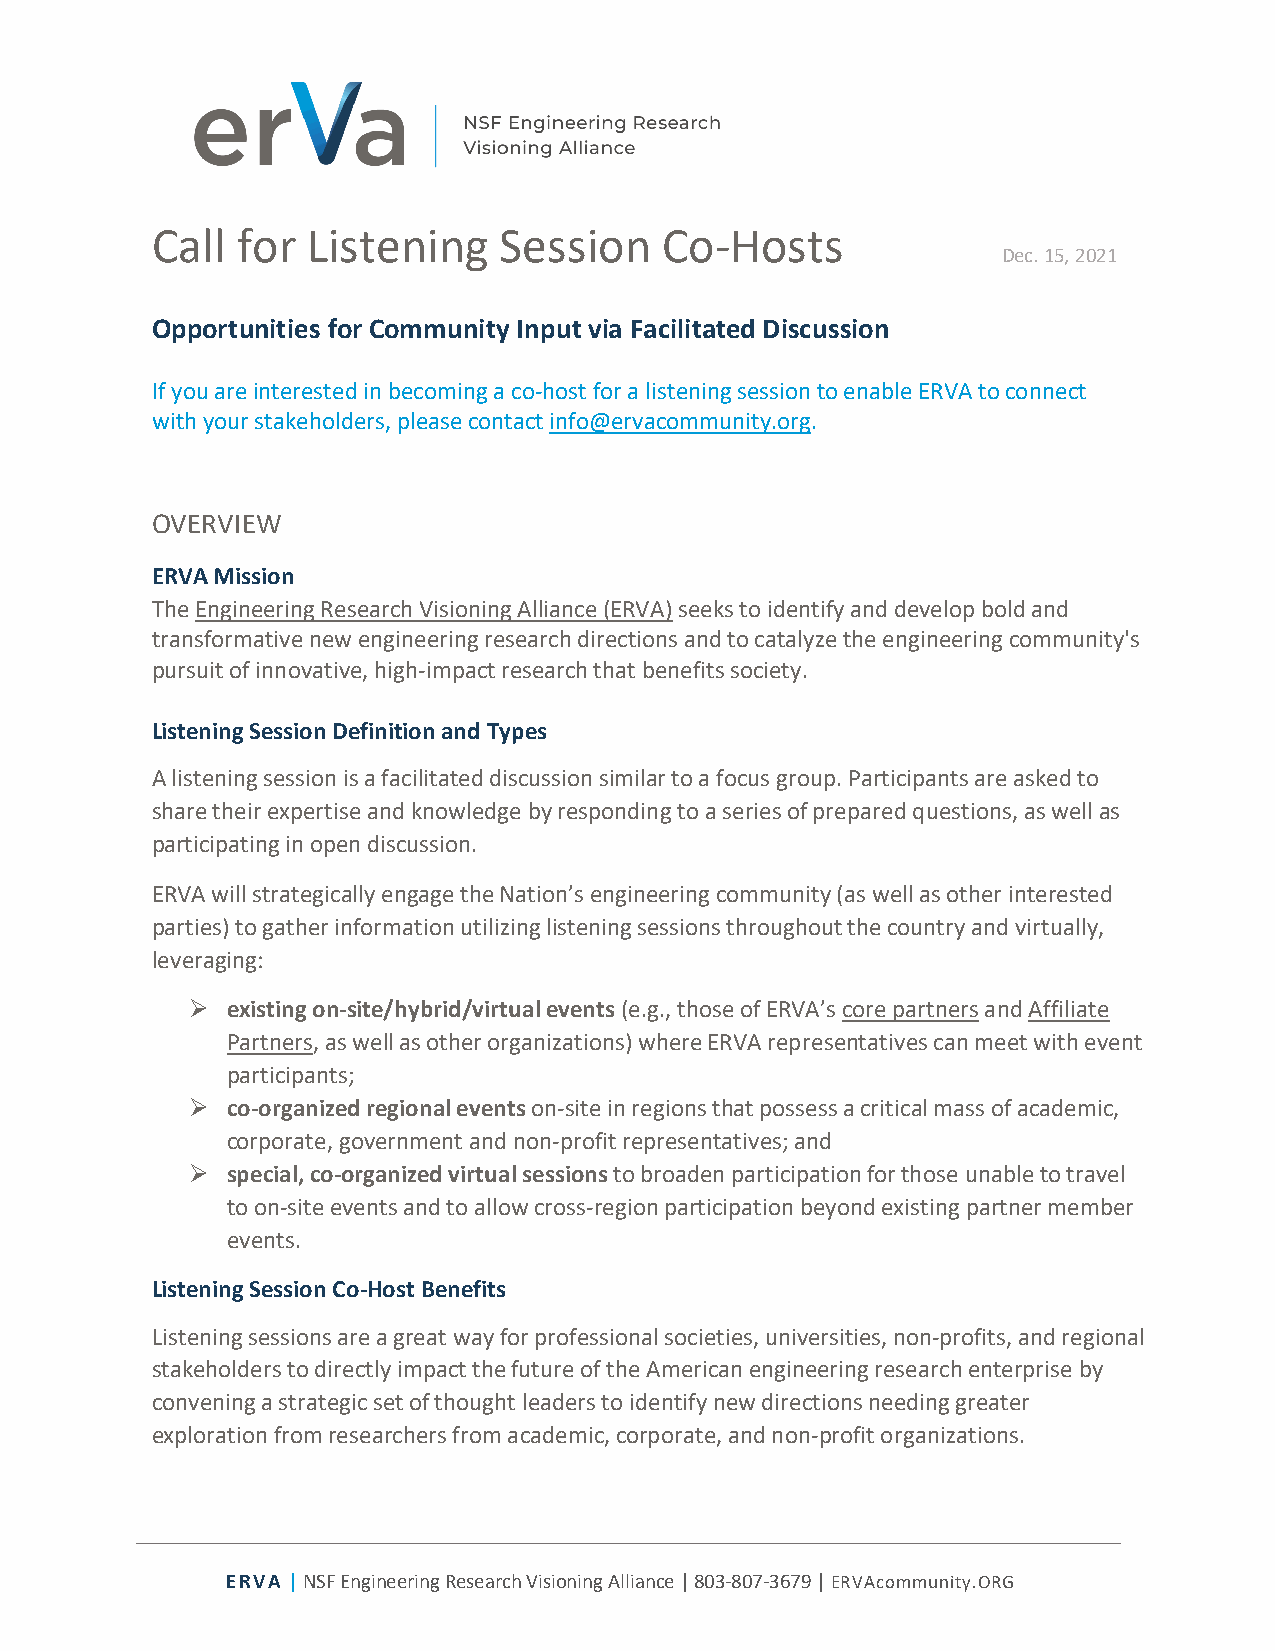
Call  for Listening    Session    Co-Hosts
 Dec. 15, 2021
 Opportunities for Community Input via Facilitated Discussion
 If you are interested in becoming a co-host for a listening session to enable ERVA to connect
 with your stakeholders, please contact info@ervacommunity.org.
 OVERVIEW
 ERVA Mission
 The Engineering Research Visioning Alliance (ERVA) seeks to identify and develop bold and
 transformative new engineering research directions and to catalyze the engineering community's
 pursuit of innovative, high-impact research that benefits society.
 Listening Session Definition and Types
 A listening session is a facilitated discussion similar to a focus group. Participants are asked to
 share their expertise and knowledge by responding to a series of prepared questions, as well as
 participating in open discussion.
 ERVA will strategically engage the Nation’s engineering community (as well as other interested
 parties) to gather information utilizing listening sessions throughout the country and virtually,
 leveraging:
 Ø existing on-site/hybrid/virtual events (e.g., those of ERVA’s core partners and Affiliate
 Partners, as well as other organizations) where ERVA representatives can meet with event
 participants;
 Ø co-organized regional events on-site in regions that possess a critical mass of academic,
 corporate, government and non-profit representatives; and
 Ø special, co-organized virtual sessions to broaden participation for those unable to travel
 to on-site events and to allow cross-region participation beyond existing partner member
 events.
 Listening Session Co-Host Benefits
 Listening sessions are a great way for professional societies, universities, non-profits, and regional
 stakeholders to directly impact the future of the American engineering research enterprise by
 convening a strategic set of thought leaders to identify new directions needing greater
 exploration from researchers from academic, corporate, and non-profit organizations.
 ERVA | NSF Engineering Research Visioning Alliance | 803-807-3679 | ERVAcommunity.ORG